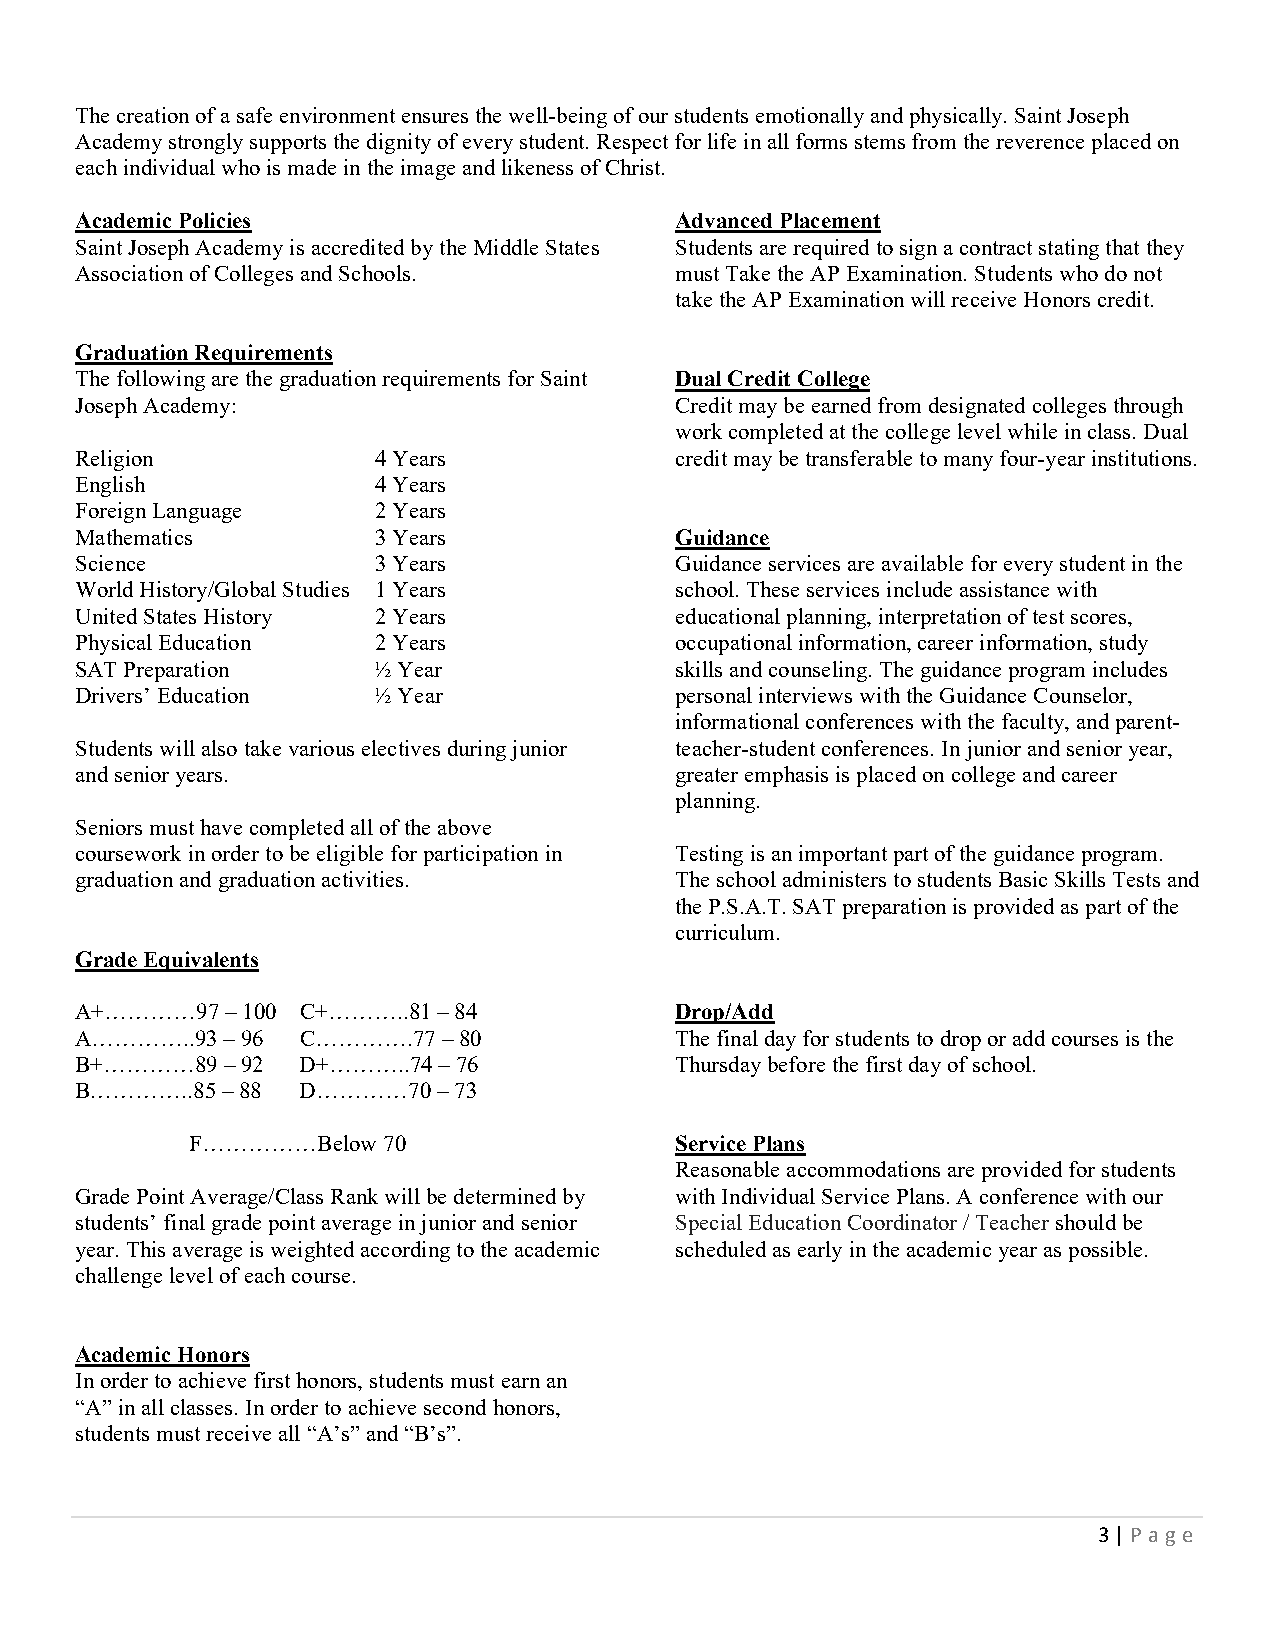
The creation of a safe environment ensures the well-being of our students emotionally and physically. Saint Joseph
 Academy strongly supports the dignity of every student. Respect for life in all forms stems from the reverence placed on
 each individual who is made in the image and likeness of Christ.
 Academic Policies                       Advanced Placement
 Saint Joseph Academy is accredited by the Middle States Students are required to sign a contract stating that they
 Association of Colleges and Schools.    must Take the AP Examination. Students who do not
 take the AP Examination will receive Honors credit.
 Graduation Requirements
 The following are the graduation requirements for Saint Dual Credit College
 Joseph Academy:                         Credit may be earned from designated colleges through
 work completed at the college level while in class. Dual
 Religion            4 Years             credit may be transferable to many four-year institutions.
 English             4 Years
 Foreign Language    2 Years
 Mathematics         3 Years             Guidance
 Science             3 Years             Guidance services are available for every student in the
 World History/Global Studies 1 Years    school. These services include assistance with
 United States History 2 Years           educational planning, interpretation of test scores,
 Physical Education  2 Years             occupational information, career information, study
 SAT Preparation     ½ Year              skills and counseling. The guidance program includes
 Drivers’ Education  ½ Year              personal interviews with the Guidance Counselor,
 informational conferences with the faculty, and parent-
 Students will also take various electives during junior teacher-student conferences. In junior and senior year,
 and senior years.                       greater emphasis is placed on college and career
 planning.
 Seniors must have completed all of the above
 coursework in order to be eligible for participation in Testing is an important part of the guidance program.
 graduation and graduation activities.   The school administers to students Basic Skills Tests and
 the P.S.A.T. SAT preparation is provided as part of the
 curriculum.
 Grade Equivalents
 A+…………97  – 100 C+………..81 – 84          Drop/Add
 A…………..93 – 96 C………….77 – 80            The final day for students to drop or add courses is the
 B+…………89  – 92 D+………..74 – 76           Thursday before the first day of school.
 B…………..85 – 88 D…………70  – 73
 F……………Below 70                  Service Plans
 Reasonable accommodations are provided for students
 Grade Point Average/Class Rank will be determined by with Individual Service Plans. A conference with our
 students’ final grade point average in junior and senior Special Education Coordinator / Teacher should be
 year. This average is weighted according to the academic scheduled as early in the academic year as possible.
 challenge level of each course.
 Academic Honors
 In order to achieve first honors, students must earn an
 “A” in all classes. In order to achieve second honors,
 students must receive all “A’s” and “B’s”.
 3 | P a g e